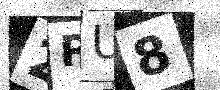
Text: 2PU8